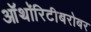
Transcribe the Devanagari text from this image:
ऑथॉरिटीबरोबर